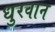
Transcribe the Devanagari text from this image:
धुरवान